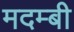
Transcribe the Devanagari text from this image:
मदम्बी